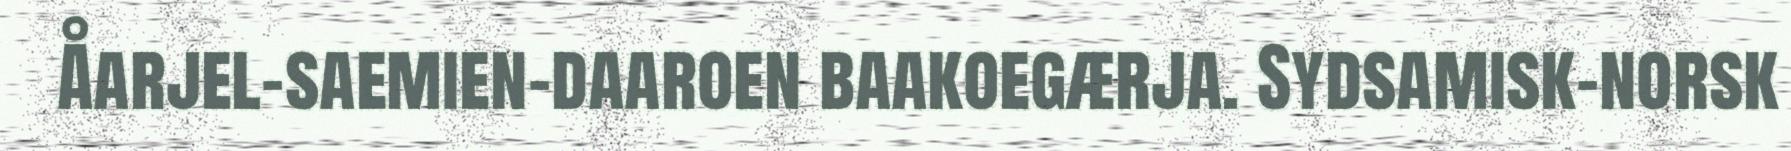
Åarjel-saemien-daaroen baakoegærja. Sydsamisk-norsk